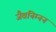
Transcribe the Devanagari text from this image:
जैवनिम्‍नन